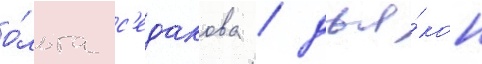
о́льга с'едакова / дья́кон